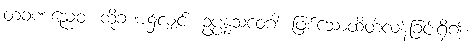
တံခဏညေဝ၊ ထိုခဏ၌လျှင်။ ဥပ္ပန္နသံဝေဂါ၊ ဖြစ်သောထိတ်လန့်ခြင်းရှိ၍။